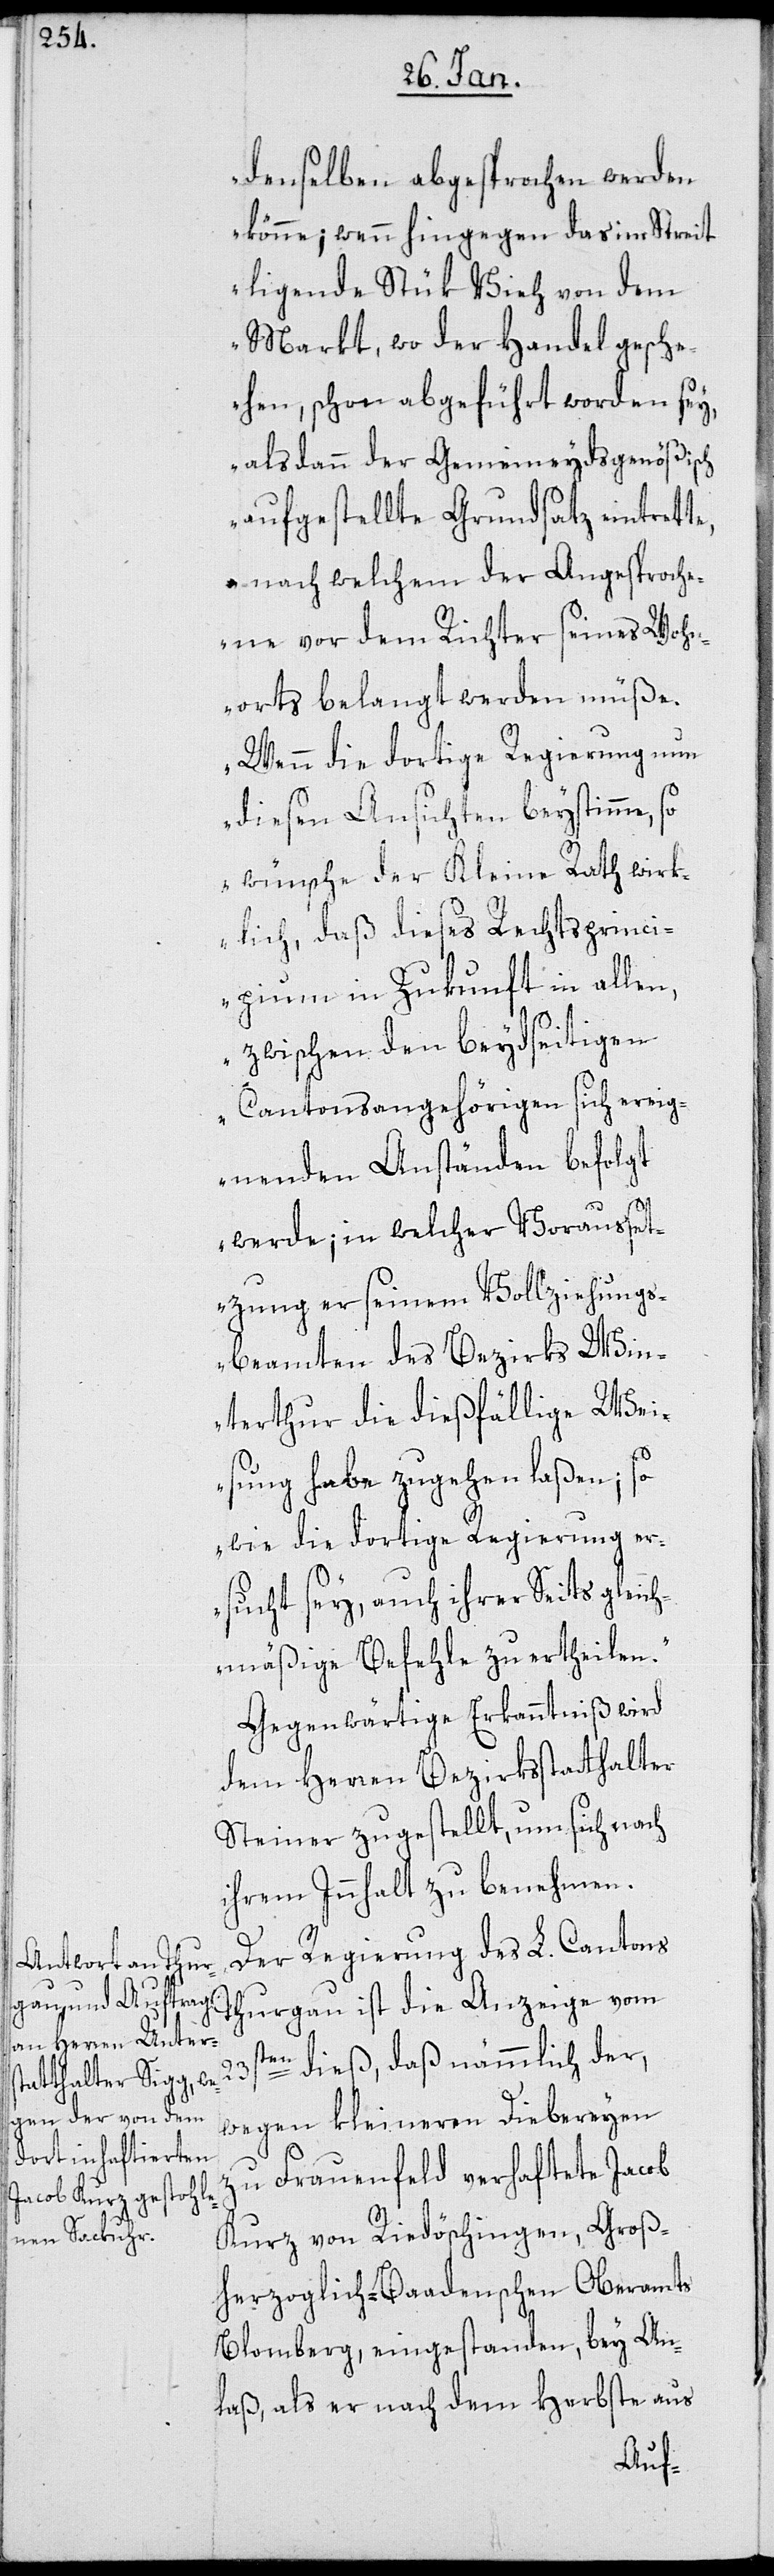
denselben abgesprochen werden
könne; wenn hingegen das im Streit
liegende Stük Vieh von dem
Markt, wo der Handel gesche¬
hen, schon abgeführt worden sey,
alsdann der Gemeineydsgenößisch
aufgestellte Grundsatz eintrett¬
e, nach welchem der Angesproche¬
ne vor dem Richter seines Wohn¬
orts belangt werden müße.
Wenn die dortige Regierung nun
diesen Ansichten beystimme, so
wünsche der Kleine Rath wirk¬
lich, daß dieses Rechtsprinci¬
pium in Zukunft in allen,
zwischen den beydseitigen
Cantonsangehörigen sich ereig¬
nenden Anständen befolgt
werde, in welcher Vorausset¬
zung er seinem Vollziehungs¬
beamten des Bezirks Win¬
terthur die dießfällige Wei¬
sung habe zugehen laßen; so
wie die dortige Regierung er¬
sucht sey, auch ihrer Seits gleich¬
mäßige Befehle zu ertheilen.“
Gegenwärtige Erkanntniß wird
dem Herren Bezirksstatthalter
Steiner zugestellt, um sich nach
ihrem Innhalt zu benehmen.
Der Regierung des L. Cantons
Thurgau ist die Anzeige vom
23sten dieß, daß nämmlich der
wegen kleineren Diebereyen
zu Frauenfeld verhaftete Jacob
Kurz von Riedöschingen, Groß¬
herzoglich-Baadenschen Oberamts
Blomberg, eingestanden, bey An¬
laß, als er nach dem Herbste aus